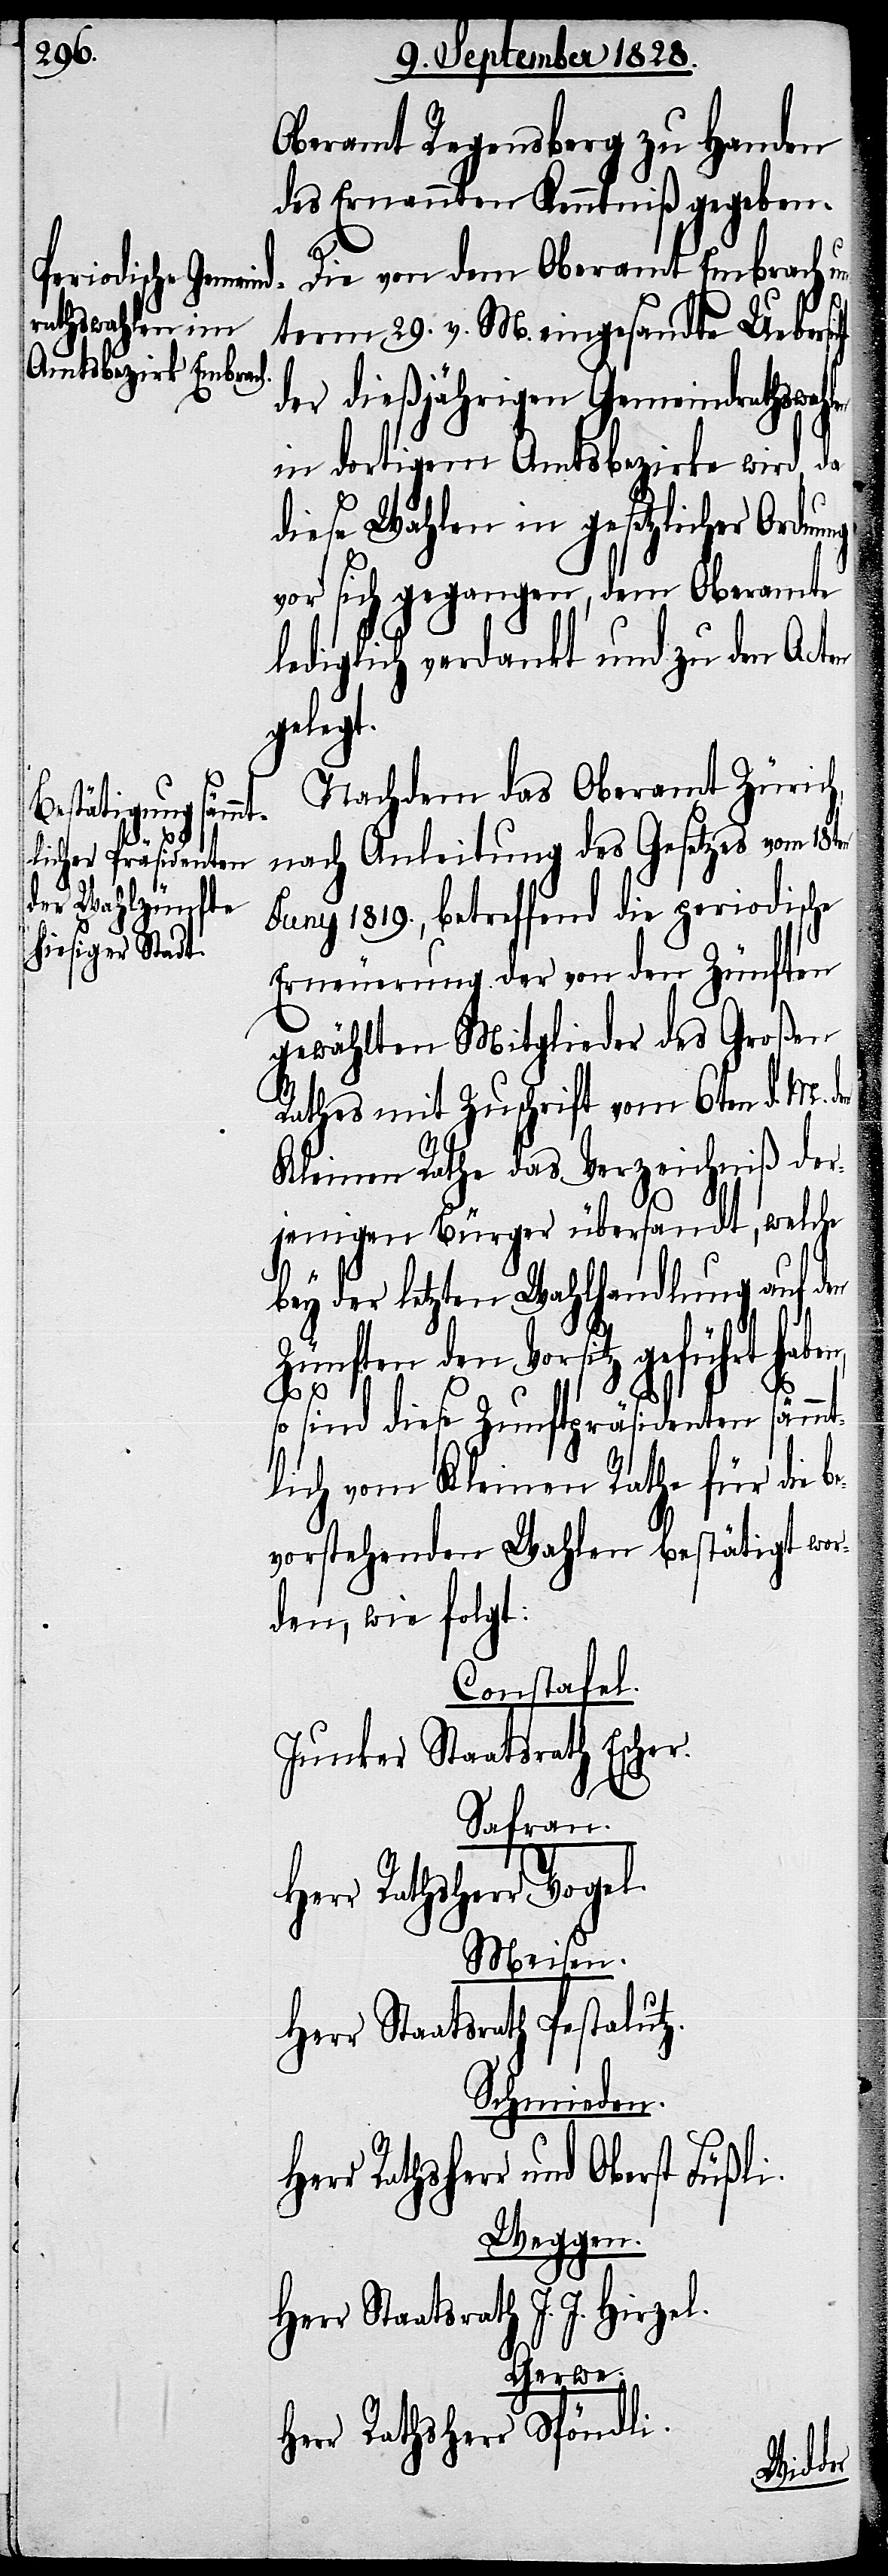
Oberamt Regensberg zu Handen
des Ernannten Kenntniß gegeben.
Die von dem Oberamt Embrach u¬
nterm 29. v. M. eingesandte Uebers¬
der dießjährigen Gemeindrathswah¬
in dortigem Amtsbezirke wird, da
diese Wahlen in gesetzlicher
vor sich gegangen, dem Oberamte
lediglich verdankt und zu den Acten
gelegt.
Nachdem das Oberamt Zürich,
nach Anleitung des Gesetzes vom 18t¬
Juny 1819., betreffend die periodische
Erneuerung der von den Zünften
gewählten Mitglieder des Großen
Rathes mit Zuschrift vom 6ten d. M.
Kleinen Rathe das Verzeichniß der¬
jenigen Bürger übersandt, welche
bey der letzten Wahlhandlung auf den
Zünften den Vorsitz geführt haben,
be¬
Füßli.
so sind diese Zunftpräsidenten sämmt¬
lich vom Kleinen Rathe für die
vorstehenden Wahlen bestätigt wor¬
den, wie folgt:
Constafel.
Junker Staatsrath Escher.
Safran.
Herr Rathsherr Vogel.
Meisen.
Herr Staatsrath Pestalutz.
Schmieden.
Weggen.
Herr Staatsrath J. J. Hir¬
Gerwe.
Herr Rathsherr Spöndli.
zel.